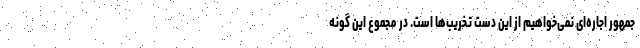
جمهور اجاره‌ای نمی‌خواهیم از این دست تخریب‌ها است. در مجموع این گونه